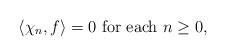
LaTeX: \begin{align*}\langle \chi_n,f\rangle =0\ {\rm for\ each\ }n\geq 0,\end{align*}